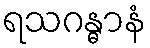
ရသဂန္ဓာနံ